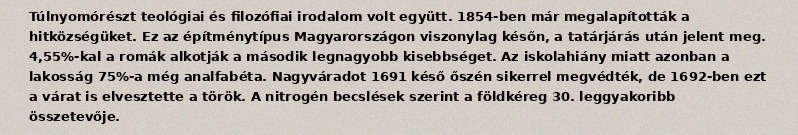
Túlnyomórészt teológiai és filozófiai irodalom volt együtt. 1854-ben már megalapították a hitközségüket. Ez az építménytípus Magyarországon viszonylag későn, a tatárjárás után jelent meg. 4,55%-kal a romák alkotják a második legnagyobb kisebbséget. Az iskolahiány miatt azonban a lakosság 75%-a még analfabéta. Nagyváradot 1691 késő őszén sikerrel megvédték, de 1692-ben ezt a várat is elvesztette a török. A nitrogén becslések szerint a földkéreg 30. leggyakoribb összetevője.